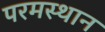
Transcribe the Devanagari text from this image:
परमस्थान